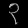
Digit: ၃